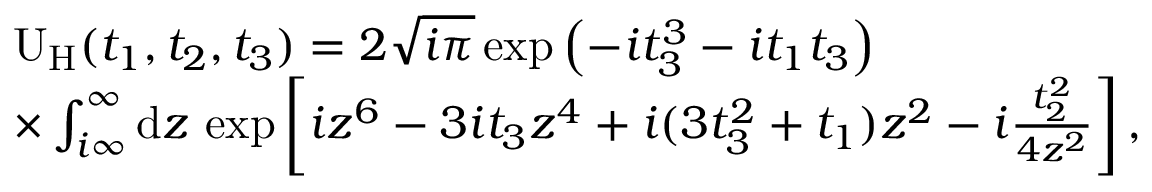
\begin{array} { r l } & { \mathrm { U } _ { \mathrm { H } } ( t _ { 1 } , t _ { 2 } , t _ { 3 } ) = 2 \sqrt { i \pi } \exp \left( - i t _ { 3 } ^ { 3 } - i t _ { 1 } t _ { 3 } \right) } \\ & { \times \int _ { i \infty } ^ { \infty } \mathrm { d } z \, \exp \left[ i z ^ { 6 } - 3 i t _ { 3 } z ^ { 4 } + i ( 3 t _ { 3 } ^ { 2 } + t _ { 1 } ) z ^ { 2 } - i \frac { t _ { 2 } ^ { 2 } } { 4 z ^ { 2 } } \right] , } \end{array}